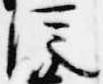
従